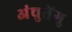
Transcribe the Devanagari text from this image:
अंचुतेंगु